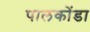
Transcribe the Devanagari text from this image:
पालकोंडा